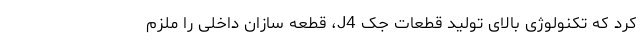
کرد که تکنولوژی بالای تولید قطعات جک J4، قطعه سازان داخلی را ملزم